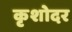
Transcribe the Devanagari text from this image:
कृशोदर